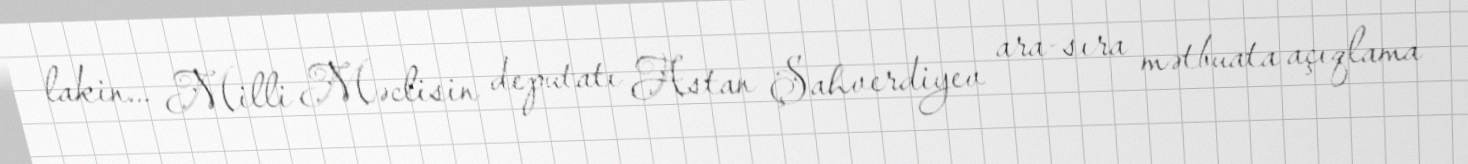
lakin... Milli Məclisin deputatı Astan Şahverdiyev ara-sıra mətbuata açıqlama